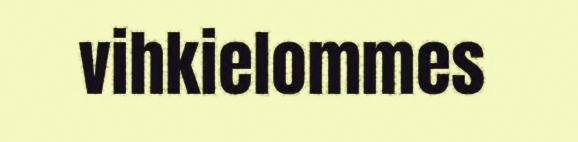
vihkielommes